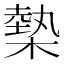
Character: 槷